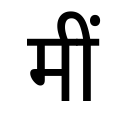
OCR:
मीं